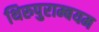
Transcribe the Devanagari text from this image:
थिरुपुराम्बयम